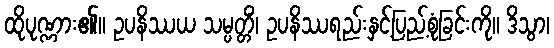
ထိုပုဏ္ဏား၏။ ဥပနိဿယ သမ္ပတ္တိံ၊ ဥပနိဿရည်းနှင့်ပြည့်စုံခြင်းကို။ ဒိသွာ၊